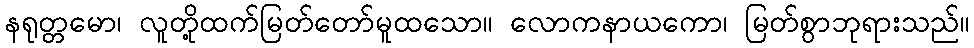
နရုတ္တမော၊ လူတို့ထက်မြတ်တော်မူထသော။ လောကနာယကော၊ မြတ်စွာဘုရားသည်။